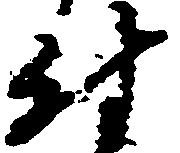
付